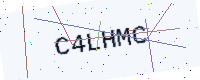
Text: C4LHMC